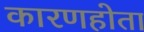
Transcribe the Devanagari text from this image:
कारणहोता